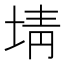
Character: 埥